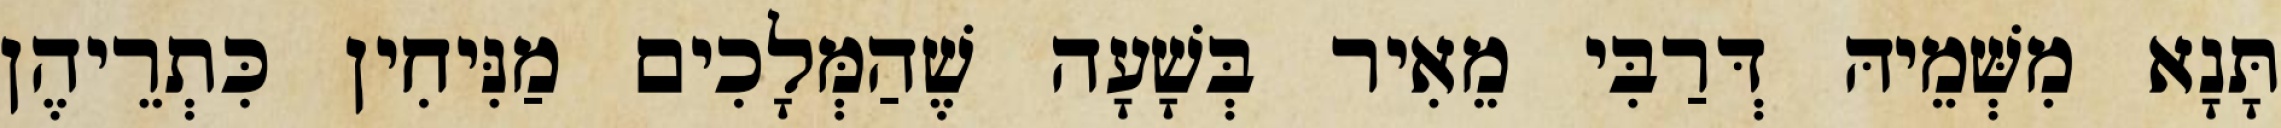
תָּנָא מִשְּׁמֵיהּ דְּרַבִּי מֵאִיר בְּשָׁעָה שֶׁהַמְּלָכִים מַנִּיחִין כִּתְרֵיהֶן